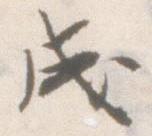
成